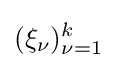
(\xi _{\nu })_{\nu =1}^{k}